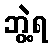
ဘွဲ့ရ